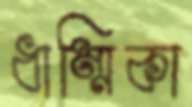
ধাম্মিকা